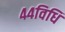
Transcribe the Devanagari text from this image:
४४विधि